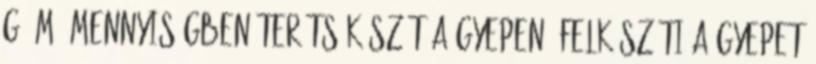
g m2 mennyiségben terítsük szét a gyepen. Felkészíti a gyepet